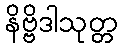
နိဗ္ဗိဒါသုတ္တ